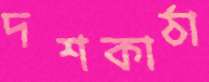
দশকাঠা